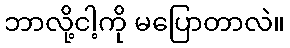
ဘာလို့ငါ့ကို မပြောတာလဲ။